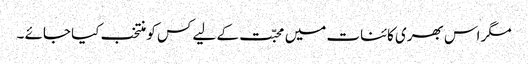
مگر اس بھری کائنات میں محبّت کے لیے کس کو منتخب کیا جائے ۔